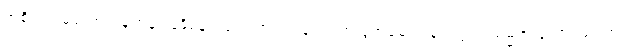
အစိုးရရဲ့မကောင်းမှုတန်ပြန်နှိမ်နင်းရေး အဖွဲ့ကပြုလုပ်တဲ့ ပွဲအခမ်းအနားတွင်း သမ္မတ ဒူတာတေးက